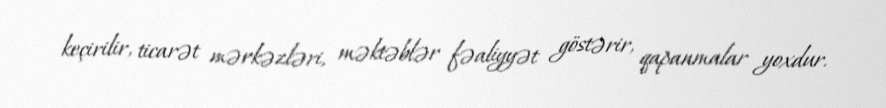
keçirilir, ticarət mərkəzləri, məktəblər fəaliyyət göstərir, qapanmalar yoxdur.